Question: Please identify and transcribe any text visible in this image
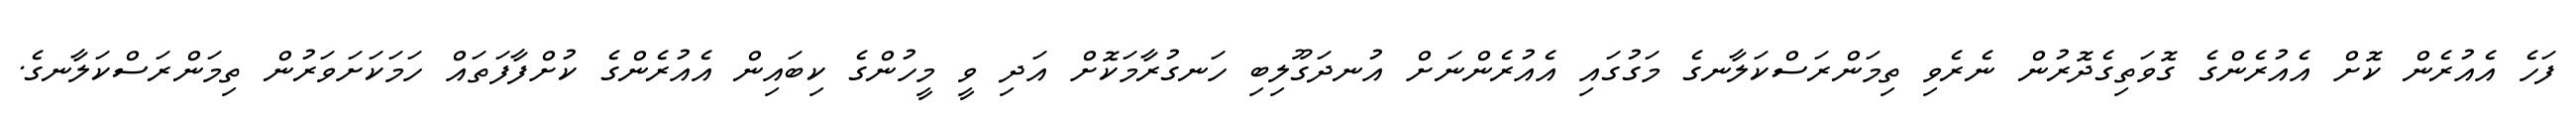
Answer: ފަހެ އެއުރެން ކޮށް އެއުރެންގެ ގޮވަތިގެދޮރުން ނެރެވި ތިމަންރަސްކަލާނގެ މަގުގައި އެއުރެންނަށް އުނދަގޫލިބި ހަނގުރާމަކޮށް އަދި ވީ މީހުންގެ ކިބައިން އެއުރެންގެ ކުށްފާފަތައް ހަމަކަށަވަރުން ތިމަންރަސްކަލާނގެ.